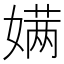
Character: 𮱔